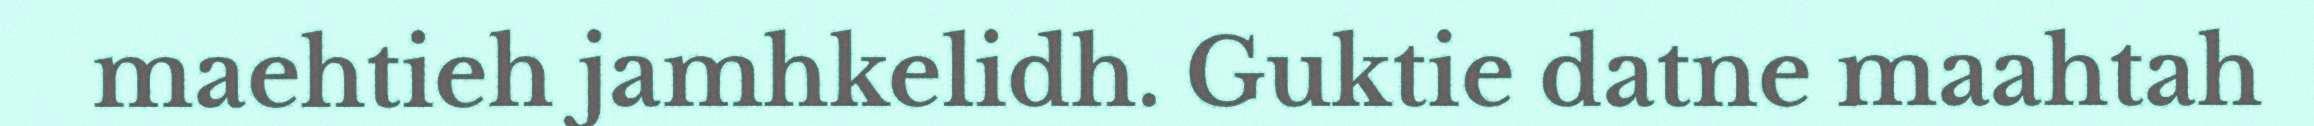
maehtieh jamhkelidh. Guktie datne maahtah